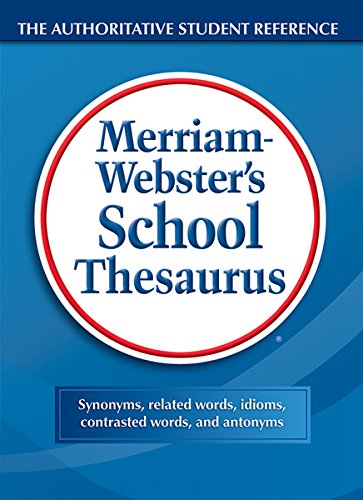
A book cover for Webster's School Thesaurus; Merriam-Webster; Reference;